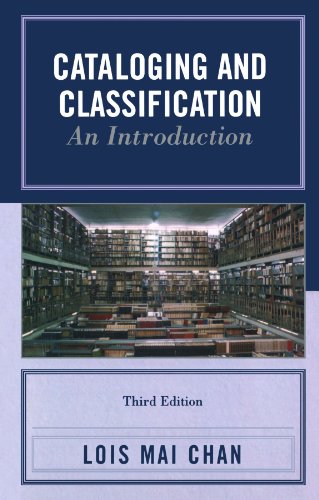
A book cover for Cataloging and Classification: An Introduction; Lois Mai Chan; Politics & Social Sciences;